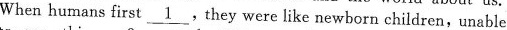
When humans first \underline{1},they were Iike newhorn children, unable